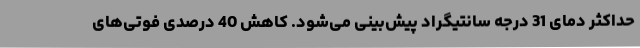
حداکثر دمای 31 درجه سانتیگراد پیش‌بینی می‌شود. کاهش 40 درصدی فوتی‌های